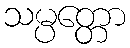
သမ္ပတ္တော